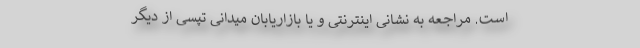
است. مراجعه به نشانی اینترنتی و یا بازاریابان میدانی تپسی از دیگر